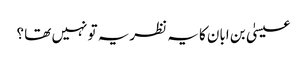
عیسیٰ بن ابان کا یہ نظریہ تو نہیں تھا ؟